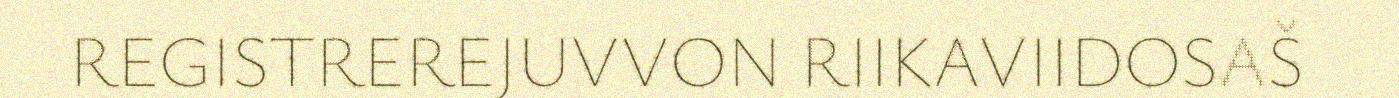
REGISTREREJUVVON RIIKAVIIDOSAŠ